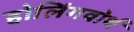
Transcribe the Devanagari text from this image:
होलिंगवोर्थ